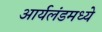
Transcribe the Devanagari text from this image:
आर्यलंडमध्ये